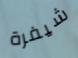
شيفرة